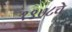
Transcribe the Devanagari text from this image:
१९७८चे